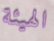
الهيئة